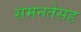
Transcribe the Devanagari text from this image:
समनतेसह